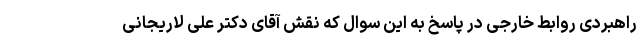
راهبردی روابط خارجی در پاسخ به این سوال که نقش آقای دکتر علی لاریجانی